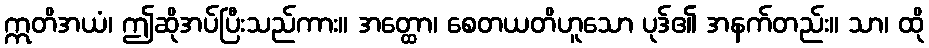
ဣတိအယံ၊ ဤဆိုအပ်ပြီးသည်ကား။ အတ္ထော၊ စေတယတိဟူသော ပုဒ်၏ အနက်တည်း။ သာ၊ ထို